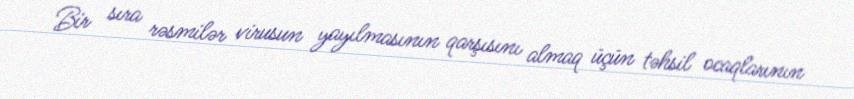
Bir sıra rəsmilər virusun yayılmasının qarşısını almaq üçün təhsil ocaqlarının